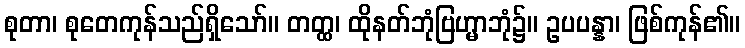
စုတာ၊ စုတေကုန်သည်ရှိသော်။ တတ္ထ၊ ထိုနတ်ဘုံဗြဟ္မာဘုံ၌။ ဥပပန္နာ၊ ဖြစ်ကုန်၏။